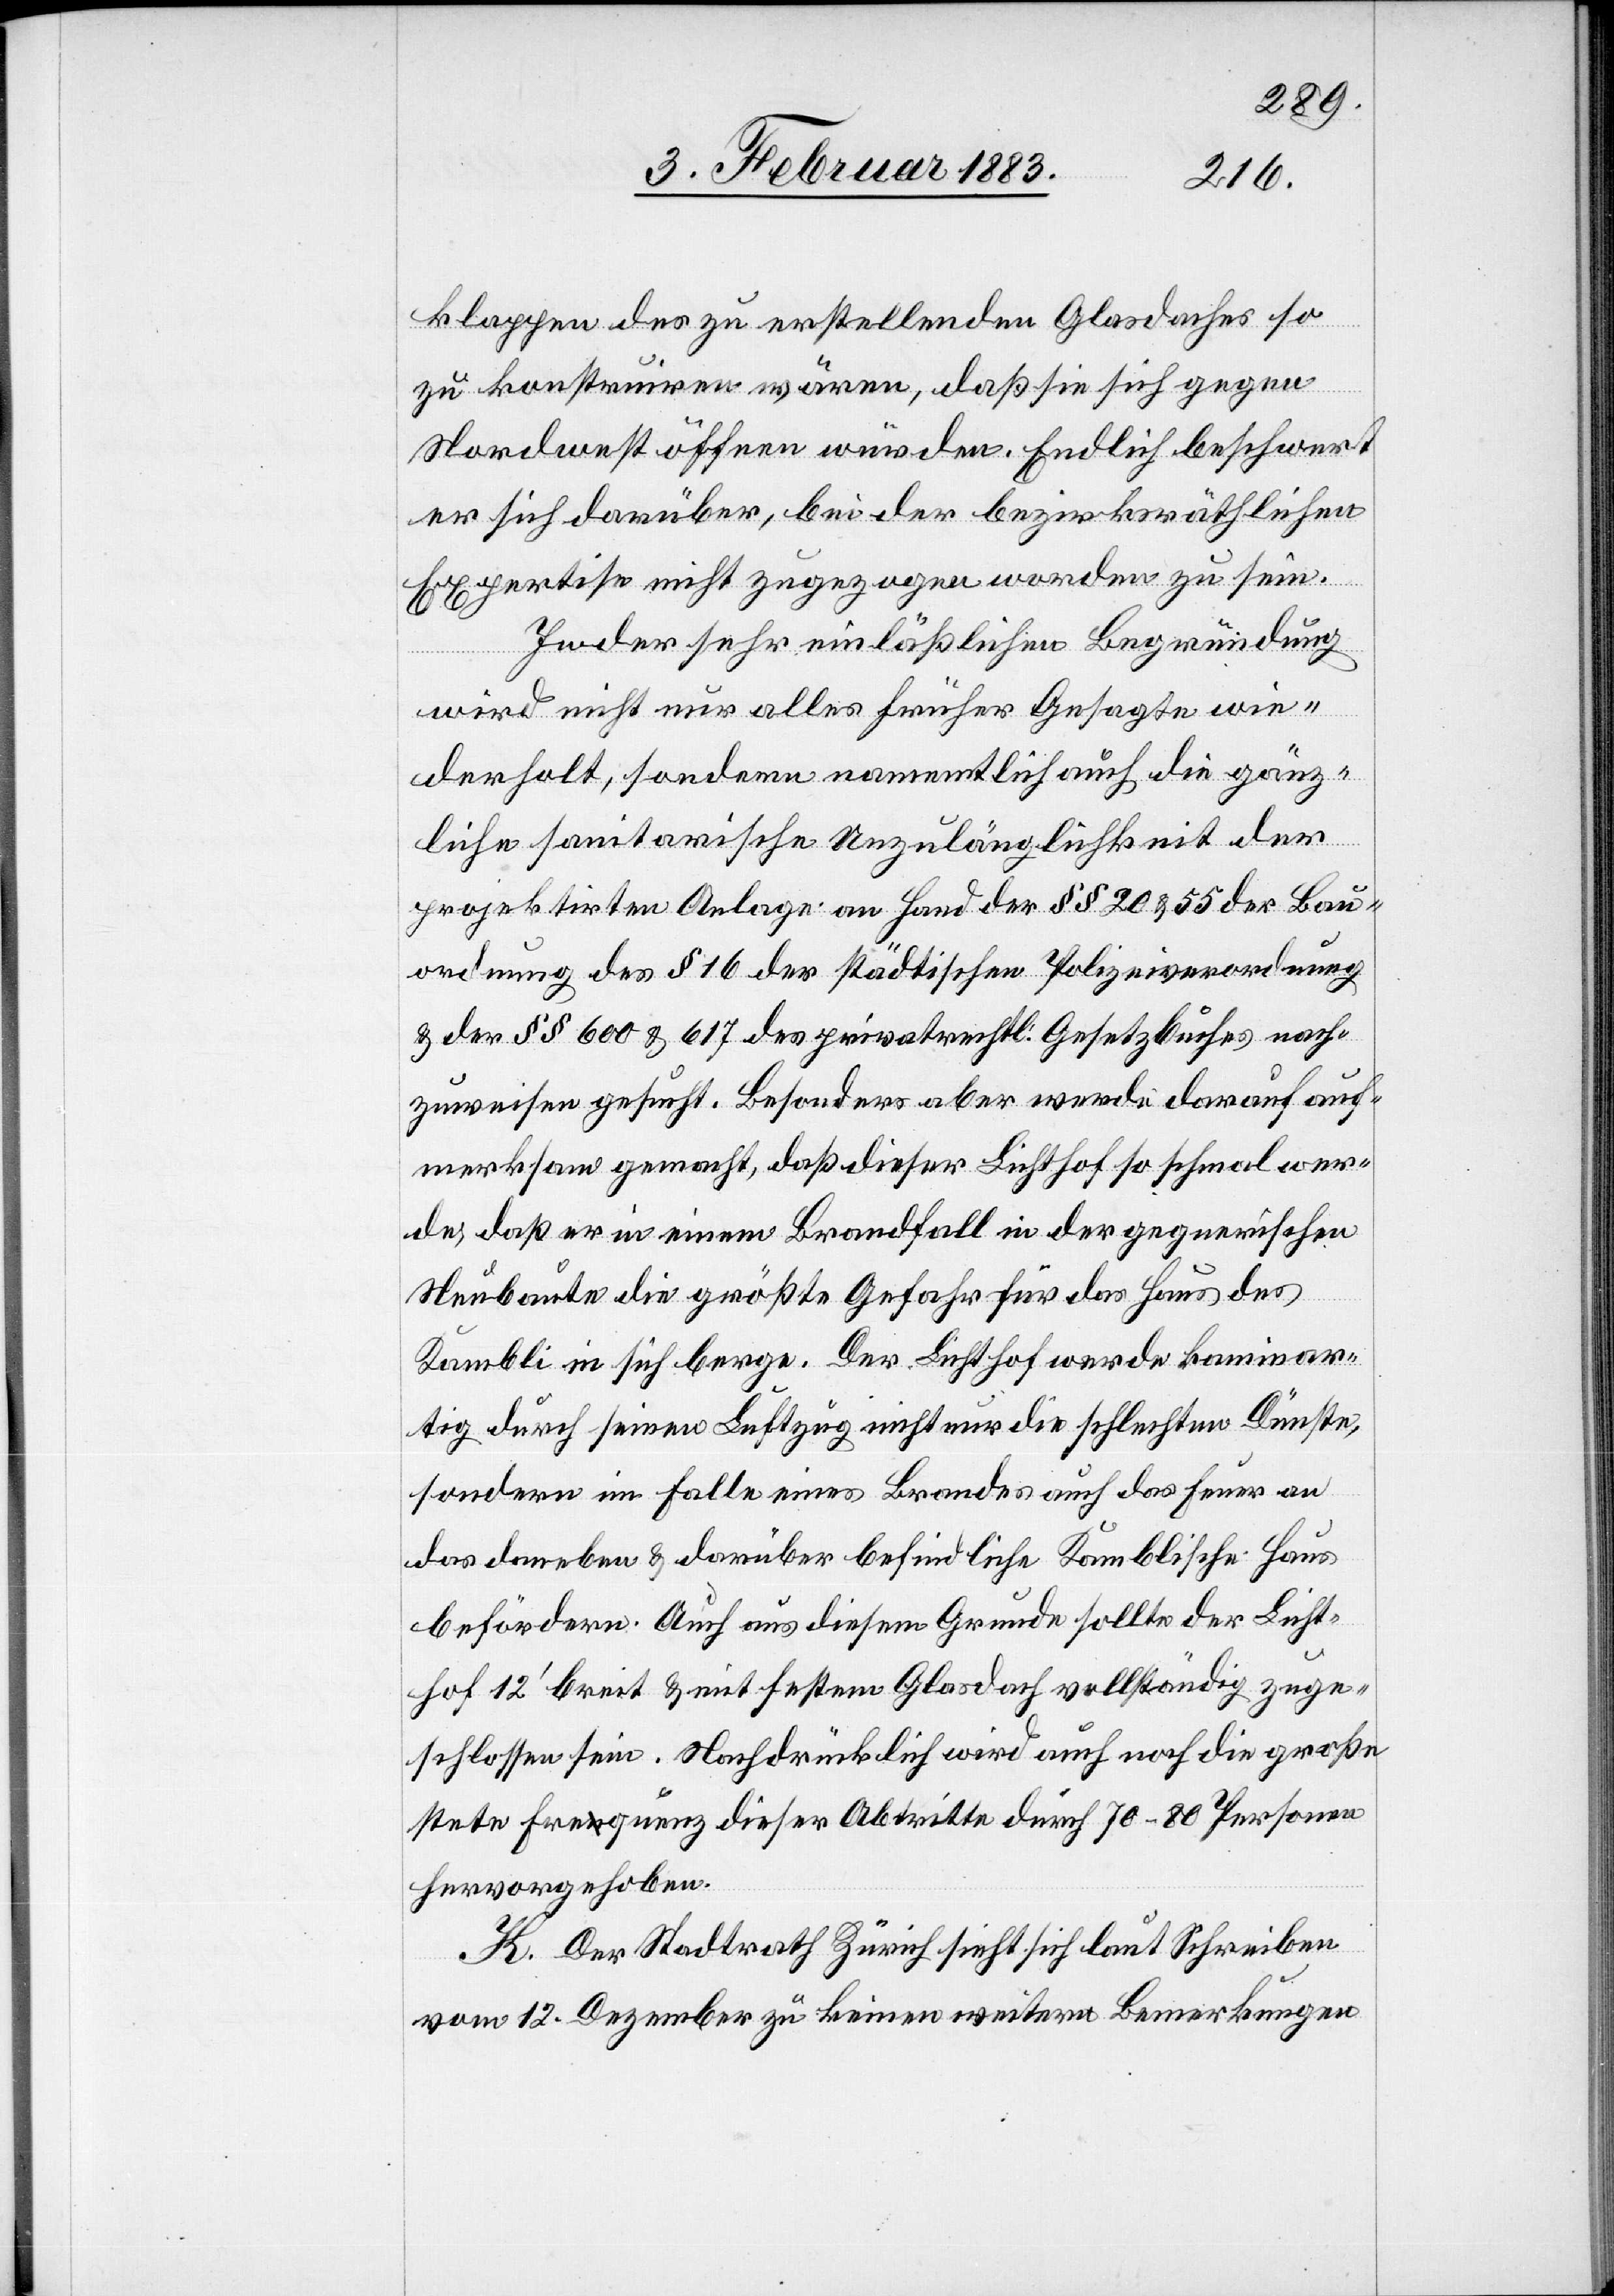
klappen des zu erstellenden Glasdaches so
zu konstruiren wären, daß sie sich gegen
Nordwest öffnen würden. Endlich beschwert
er sich darüber, bei der bezirksräthlichen
Expertise nicht zugezogen worden zu sein.
In der sehr einläßlichen Begründung
wird nicht nur alles früher Gesagte wie¬
derholt, sondern namentlich auch die gänz¬
liche sanitarische Unzulänglichkeit der
projektirten Anlage an Hand der §§ 20 & 55 der Bau¬
ordnung, des § 16 der städtischen Polizeiverordnung
& der §§ 600 & 617 des privatrechtl. Gesetzbuches nach¬
zuweisen gesucht. Besonders aber werde darauf auf¬
merksam gemacht, daß dieser Lichthof so schmal wer¬
de, daß er in einem Brandfall in der gegnerischen
Neubaute die größte Gefahr für das Haus des
Kambli in sich berge. Der Lichthof werde kaminar¬
tig durch seinen Luftzug nicht nur die schlechten Dünste,
sondern im Falle eines Brandes auch das Feuer an
das daneben & darüber befindliche Kamblische Haus
befördern. Auch aus diesem Grunde sollte der Licht¬
hof 12ʼ breit & mit festem Glasdach vollständig zuge¬
schlossen sein. Nachdrücklich wird auch noch die große
stete Frequenz dieser Abtritte durch 70–80 Personen
hervorgehoben.
K. Der Stadtrath Zürich sieht sich laut Schreiben
vom 12. Dezember zu keinen weitern Bemerkungen